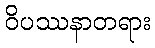
ဝိပဿနာတရား